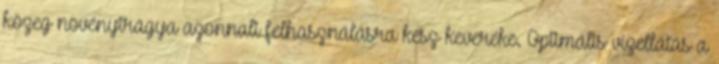
közeg növénytrágya azonnali felhasználásra kész keveréke. Optimális vízellátás a